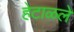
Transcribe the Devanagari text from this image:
हेटाळले